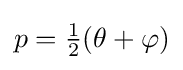
p={\tfrac {1}{2}}(\theta +\varphi )